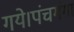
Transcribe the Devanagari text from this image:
गये।पंचगंगा